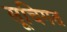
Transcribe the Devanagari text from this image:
सूचिगत